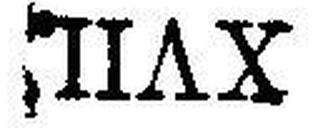
XVII.